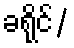
ခရိုင်/